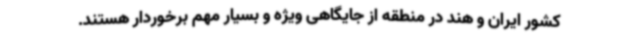
کشور ایران و هند در منطقه از جایگاهی ویژه و بسیار مهم برخوردار هستند.